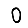
Digit: 0